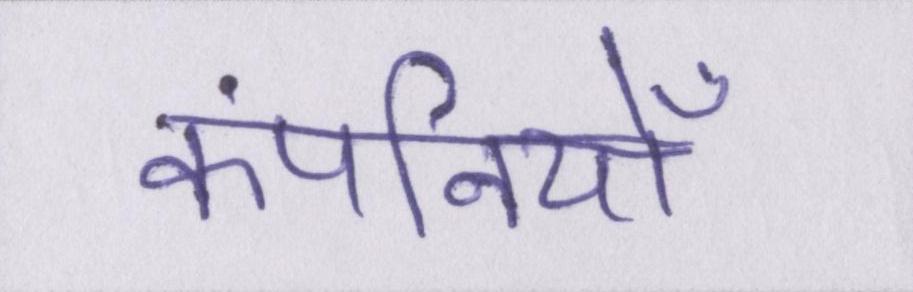
कंपनियोँ